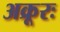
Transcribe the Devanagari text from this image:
अक्रूरः